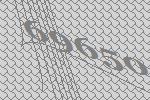
69650